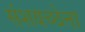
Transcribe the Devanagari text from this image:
संशयच्छेत्ता